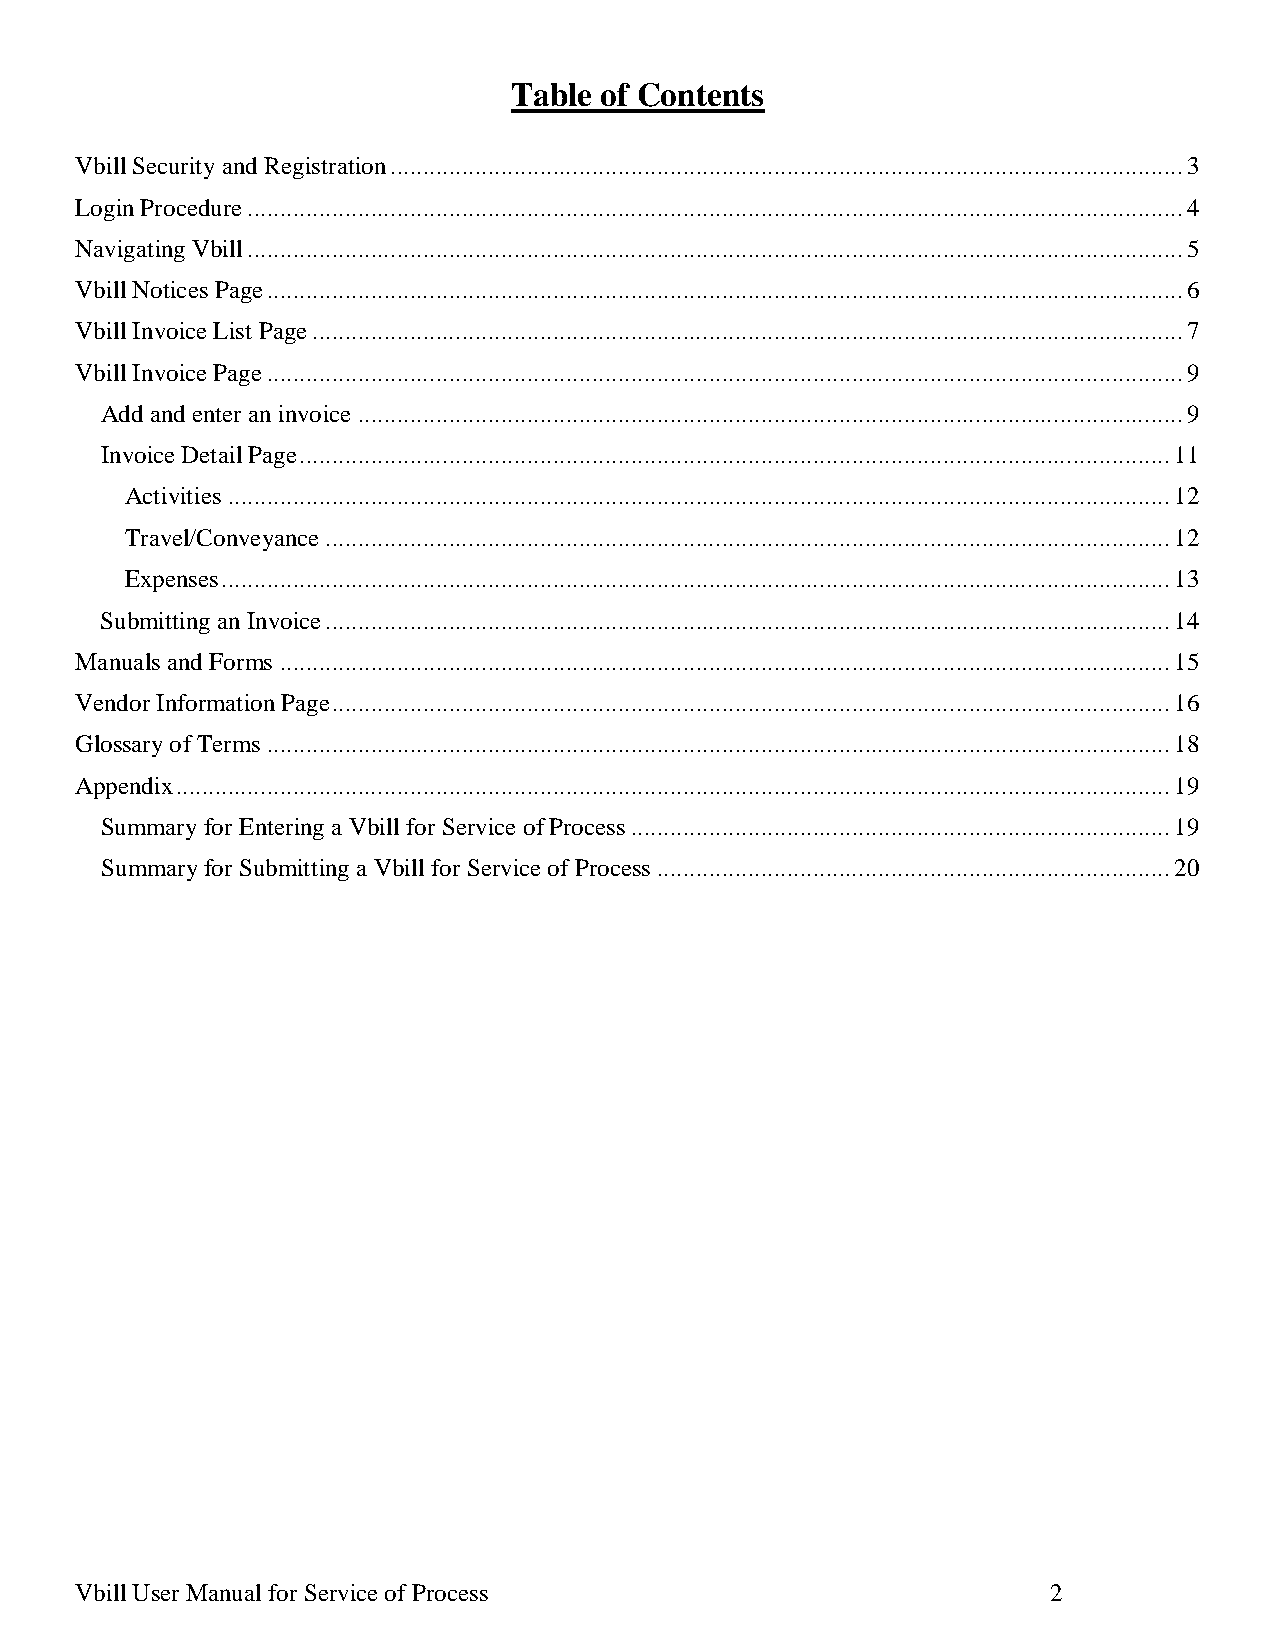
Table of Contents
 Vbill Security and Registration .......................................................................................................................... 3
 Login Procedure ................................................................................................................................................ 4
 Navigating Vbill ................................................................................................................................................ 5
 Vbill Notices Page ............................................................................................................................................. 6
 Vbill Invoice List Page ...................................................................................................................................... 7
 Vbill Invoice Page ............................................................................................................................................. 9
 Add and enter an invoice ............................................................................................................................... 9
 Invoice Detail Page ...................................................................................................................................... 11
 Activities ................................................................................................................................................. 12
 Travel/Conveyance .................................................................................................................................. 12
 Expenses .................................................................................................................................................. 13
 Submitting an Invoice .................................................................................................................................. 14
 Manuals and Forms ......................................................................................................................................... 15
 Vendor Information Page ................................................................................................................................. 16
 Glossary of Terms ........................................................................................................................................... 18
 Appendix ......................................................................................................................................................... 19
 Summary for Entering a Vbill for Service of Process ................................................................................... 19
 Summary for Submitting a Vbill for Service of Process ............................................................................... 20
 Vbill User Manual for Service of Process                         2